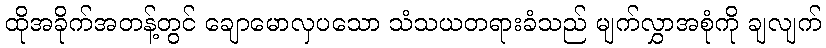
ထိုအခိုက်အတန့်တွင် ချောမောလှပသော သံသယတရားခံသည် မျက်လွှာအစုံကို ချလျက်